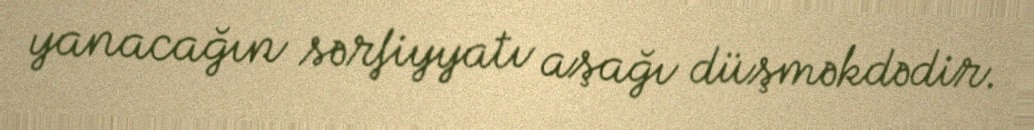
yanacağın sərfiyyatı aşağı düşməkdədir.